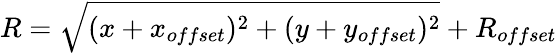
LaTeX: R=\sqrt{(x+x_{offset})^{2}+(y+y_{offset})^{2}}+R_{offset}